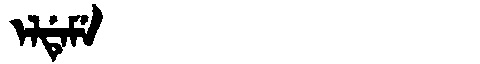
Manchu: ᡝᠯᡩᡝᠮᡝ
Romanization: ELDEME